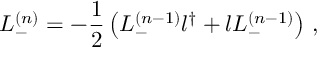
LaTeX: L _ { - } ^ { ( n ) } = - \frac 1 2 \left( L _ { - } ^ { ( n - 1 ) } l ^ { \dag } + l L _ { - } ^ { ( n - 1 ) } \right) \, ,